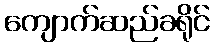
ကျောက်ဆည်ခရိုင်